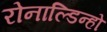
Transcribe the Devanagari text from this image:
रोनाल्‍डिन्‍हो